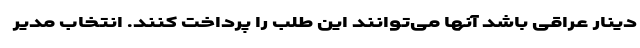
دینار عراقی باشد آنها می‌توانند این طلب را پرداخت کنند. انتخاب مدیر